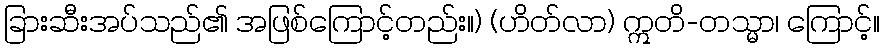
ခြားဆီးအပ်သည်၏ အဖြစ်ကြောင့်တည်း။) (ဟိတ်လာ) ဣတိ-တသ္မာ၊ ကြောင့်။